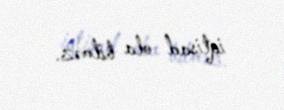
iqtisad ola bilməz.